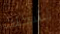
تشكلت